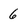
Character: 6